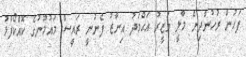
ފަހުން ރުހުންދިން މާލީ ވަޒީރު އަޙްމަދު އިނާޒު ފެނުނީ ރައީސް މައުމޫނުގެ ކޮއްކޯފުޅު